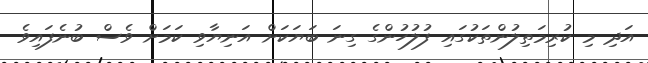
އަދި މި ކުރިމަތިލުންތަކުގައި ފުލުހުންގެ ގިނަ ބަޔަކަށް އަނިޔާވި ކަމަށް ވެސް ބުނެފައިވެ